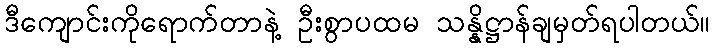
ဒီကျောင်းကိုရောက်တာနဲ့ ဦးစွာပထမ သန္နိဋ္ဌာန်ချမှတ်ရပါတယ်။